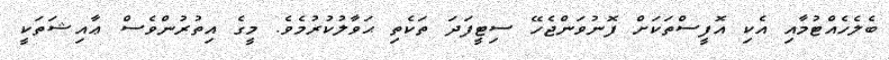
ބެލެހެއްޓުމާއި އެކި އޮފީސްތަކަށް ފޮނުވަންޖެހޭ ސިޓީފަދަ ތަކެތި ޙަވާލުކުރުމެވެ. މީގެ އިތުރުންވެސް ޢާއިޝަތަކީ